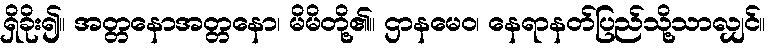
ရှိခိုး၍။ အတ္တနောအတ္တနော၊ မိမိတို့၏။ ဌာနမေဝ၊ နေရာနတ်ပြည်သို့သာလျှင်။